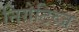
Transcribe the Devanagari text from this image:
निगेटिव्ज